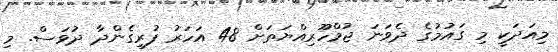
މިއަދަކީ މި ގައުމުގެ ދެވަނަ ޖުމްހޫރިއްޔަތަށް 48 އަހަރު ފުރިގެންދާ ދުވަސް. މި